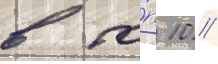
в то́п 10 //